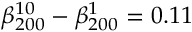
\beta _ { 2 0 0 } ^ { 1 0 } - \beta _ { 2 0 0 } ^ { 1 } = 0 . 1 1